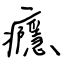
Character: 癮